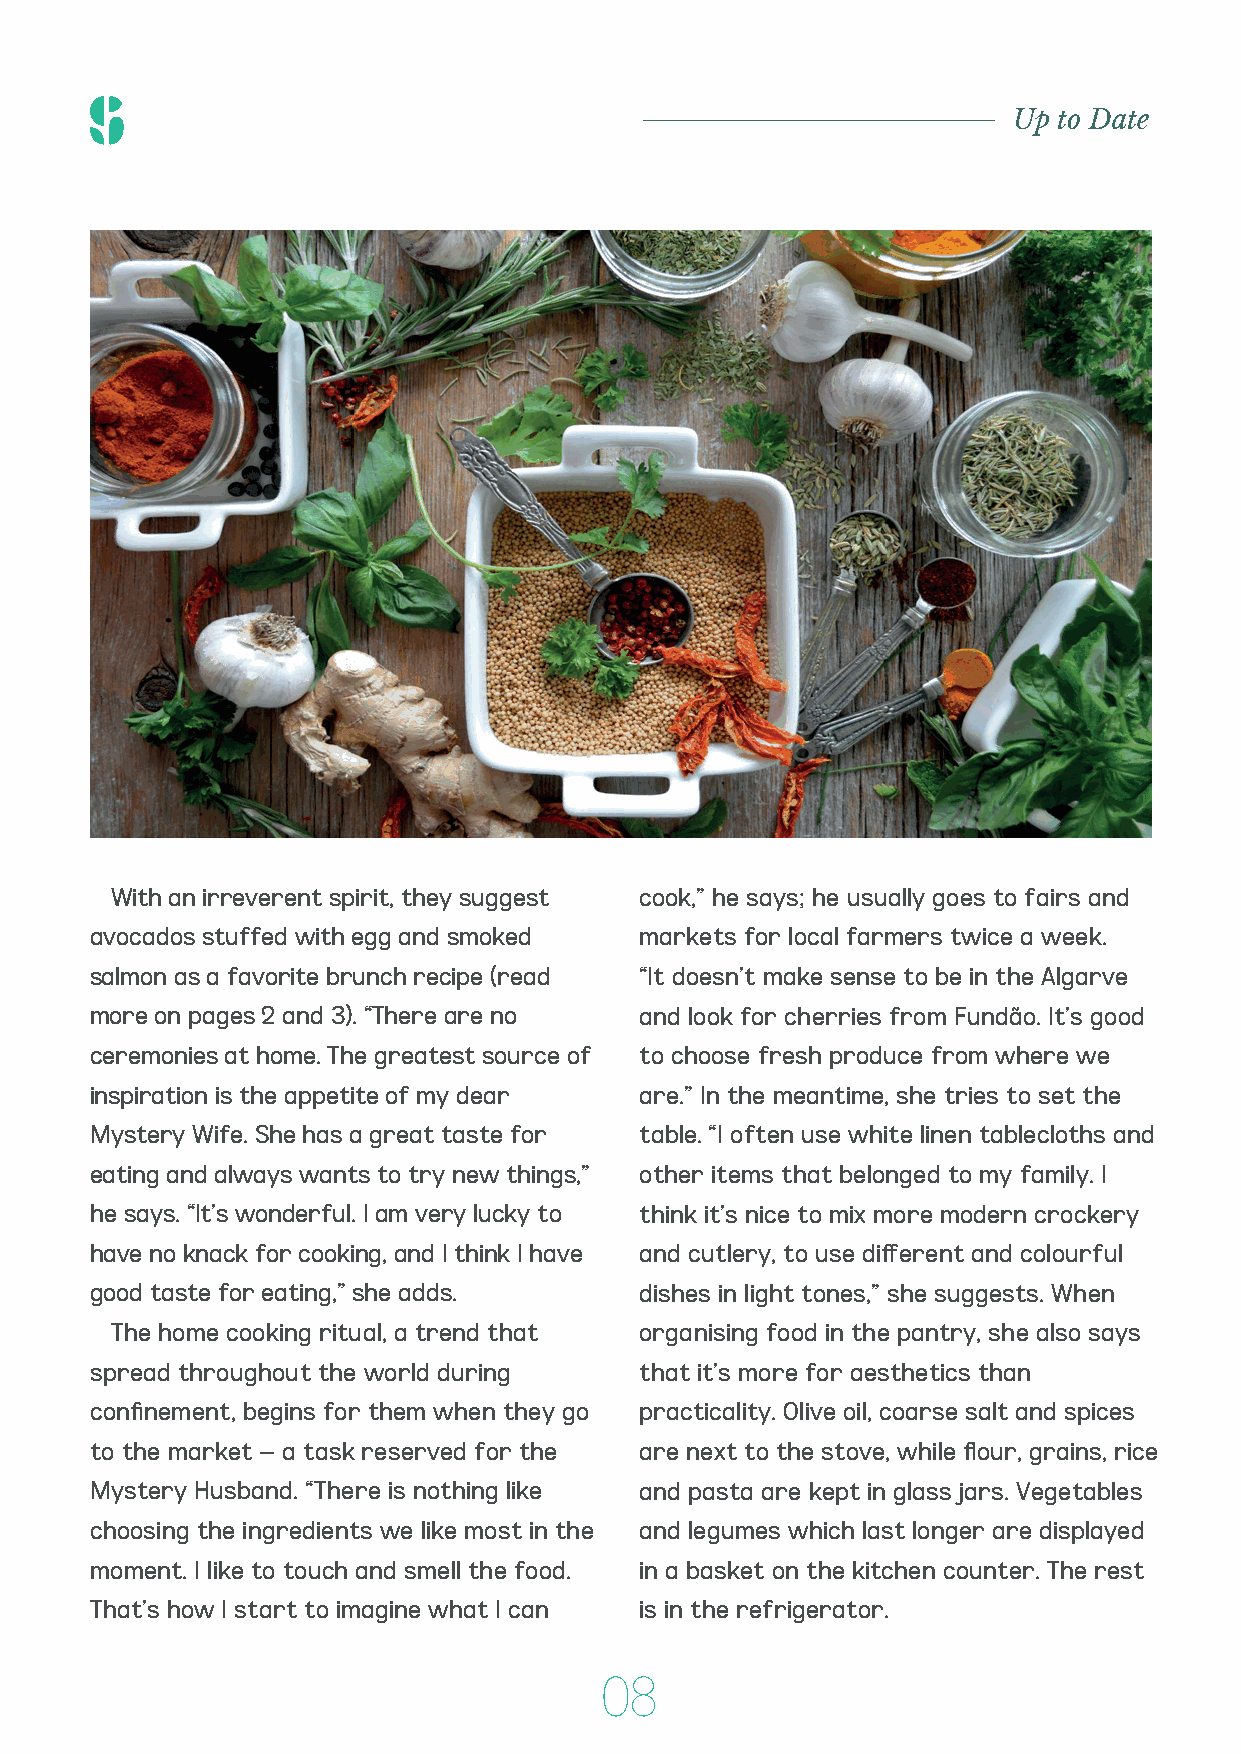
Up to Date
 Family rituals at the table          “The quarantine brought people, parents and
 At the heart of the house are the kitchen and children, together. It is necessary to look at the
 the four children. “We are a large family. Our positive side, which is increased social interaction
 kitchen is open for everyone to participate,” at home and around the table,” says the father
 he reveals. During the season when they spend of Casal Mistério.
 most of their time at home due to COVID-19, For days working at home, when you still need
 they created a list of rules for good coexistence: energy to cook, he shares a piece of advice: open
 1. The father is not allowed to talk about the a good bottle of wine. “I am inspired by a phrase
 disease statistics at the table. 2. The mother by the American Julia Child on these occasions:
 only enters the kitchen to clean and tidy up. 3. ‘I enjoy cooking with wine. Sometimes I even put
 Meals are always eaten at the table. 4. No one in the food'". The soundtrack also dictates the
 uses their mobile phones while eating. “Cooking good mood and the menu. “I choose the music
 is an act of love,” she summarises. depending on what I cook. I almost always listen
 A survey by Bloomberg News in partnership to Bossa Nova and Brazilian pop music,” he
 with Morning Consult interviewed 2,200 North concludes, giving two examples. “A dish that
 Americans about eating habits during the would go with João Gilberto would be ravioli with
 pandemic. 43% of those interviewed, born in mushrooms, truffles and shavings of cheese from
 With an irreverent spirit, they suggest cook,” he says; he usually goes to fairs and the 1990s, revealed that they plan to maintain the island. Elis Regina, on the other hand, needs
 avocados stuffed with egg and smoked markets for local farmers twice a week.          home cooking when the situation passes, to be a spicier, more intense pasta,” he jokes.
 salmon as a favorite brunch recipe (read “It doesn’t make sense to be in the Algarve compared with just 9% who say they would
 more on pages 2 and 3). “There are no and look for cherries from Fundão. It’s good   cook less.
 ceremonies at home. The greatest source of to choose fresh produce from where we
 inspiration is the appetite of my dear are.” In the meantime, she tries to set the
 Mystery Wife. She has a great taste for table. “I often use white linen tablecloths and
 eating and always wants to try new things,” other items that belonged to my family. I
 he says. “It’s wonderful. I am very lucky to think it’s nice to mix more modern crockery
 have no knack for cooking, and I think I have and cutlery, to use different and colourful
 good taste for eating,” she adds.   dishes in light tones,” she suggests. When
 The home cooking ritual, a trend that organising food in the pantry, she also says
 spread throughout the world during  that it’s more for aesthetics than
 confinement, begins for them when they go practicality. Olive oil, coarse salt and spices
 to the market – a task reserved for the are next to the stove, while flour, grains, rice
 Mystery Husband. “There is nothing like and pasta are kept in glass jars. Vegetables
 choosing the ingredients we like most in the and legumes which last longer are displayed
 moment. I like to touch and smell the food. in a basket on the kitchen counter. The rest
 That’s how I start to imagine what I can is in the refrigerator.
 08